Punjab Mental Hospital Lahore 1922-31 - 1922-1931
Year: 1922
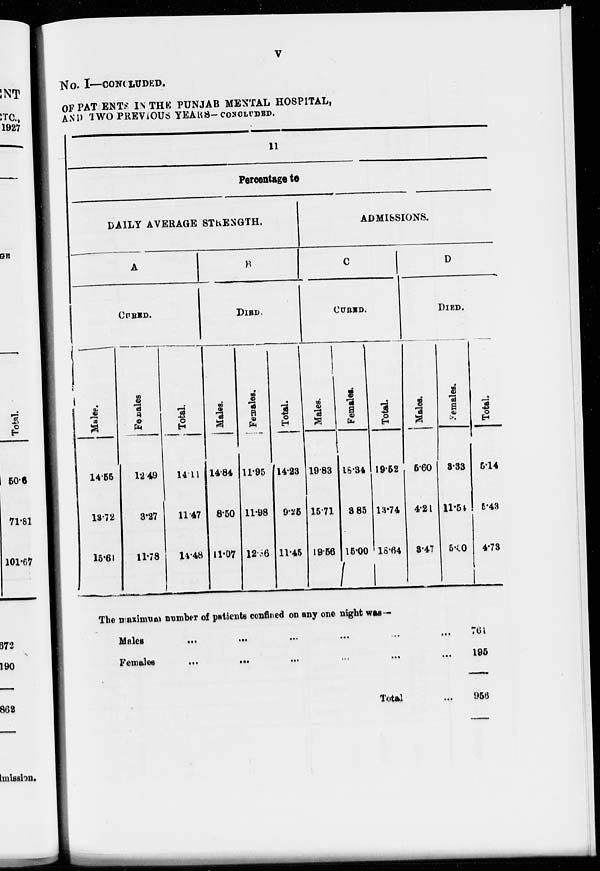
V
No. I— CONCLUDED.
OF PATENTS IN THE PUNJAB MENTAL HOSPITAL,
AND TWO PREVIOUS YEARS—CONCLUDED.
11
Percentage to
DAILY AVERAGE STRENGTH.
A
CURED.
Males.
14.55
18.72
15.61
Females
12.49
3.27
11.78
Total.
14.11
11.47
14.48
B
DIED.
Males.
14.84
8.50
11.07
Females.
11.95
11.98
12.86
Total.
14.23
9.25
11.45
ADMISSIONS.
C
CURED.
Males.
19.83
15.71
19.56
Females.
18.34
3.85
15.00
Total.
19.52
13.74
18.64
D
DIED.
Males.
5.60
4.21
3.47
Females.
3.33
11.54
5.00
Total.
5.14
5.43
4.73
The maximum number of patients confined on any one night was—
Males ... ... ... ... ... ...
Females
...
...
...
...
...
...
Total ...
761
195
956